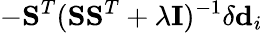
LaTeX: -\mathbf{S}^{T}(\mathbf{S}\mathbf{S}^{T}+\lambda\mathbf{I})^{-1}\delta\mathbf{d}_{i}